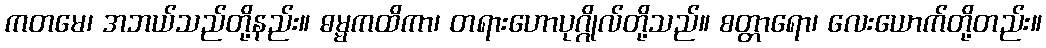
ကတမေ၊ အဘယ်သည်တို့နည်း။ ဓမ္မကထိကာ၊ တရားဟောပုဂ္ဂိုလ်တို့သည်။ စတ္တာရော၊ လေးယောက်တို့တည်း။